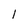
Character: 1